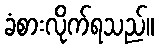
ခံစားလိုက်ရသည်။